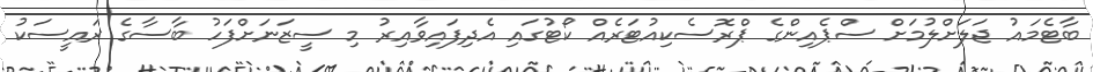
ބާޓެމައު ޖަލަށްލުމަށް ސްޕެއިންގެ ޕްރޮސެކިއުޓަރެއް ކޯޓުގައި އެދިފައިވާއިރު މި ސީޒަނަށްފަހު ބާސާގެ ރައީސަކު